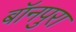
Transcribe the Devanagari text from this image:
बॉनपुरा